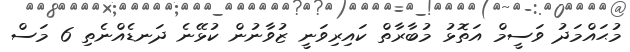
މުޙައްމަދު ވަސީމް އަތޮޅު މުބާރާތް ކައިރިވަނީ ޒުވާނުން ކުޅޭނެ ދަނޑެއްނެތި 6 މަސް